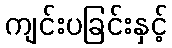
ကျင်းပခြင်းနှင့်